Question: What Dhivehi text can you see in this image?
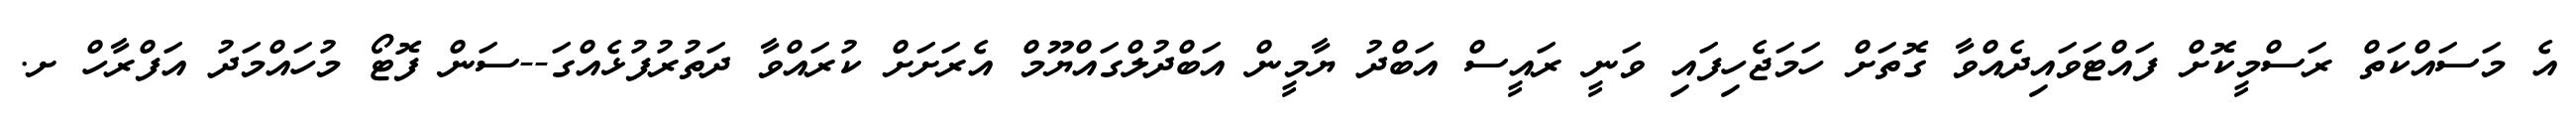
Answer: އެ މަސައްކަތް ރަސްމީކޮށް ފައްޓަވައިދެއްވާ ގޮތަށް ހަމަޖެހިފައި ވަނީ ރައީސް އަބްދު ޔާމީން އަބްދުލްގައްޔޫމް އެރަށަށް ކުރައްވާ ދަތުރުފުޅެއްގަ--ސަން ފޮޓޯ މުހައްމަދު އަފްރާހް ށ.